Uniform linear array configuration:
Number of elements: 8
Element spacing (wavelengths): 0.75
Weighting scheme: hamming
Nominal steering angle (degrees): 0
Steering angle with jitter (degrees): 0.2142
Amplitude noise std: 0.05
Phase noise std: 0.05

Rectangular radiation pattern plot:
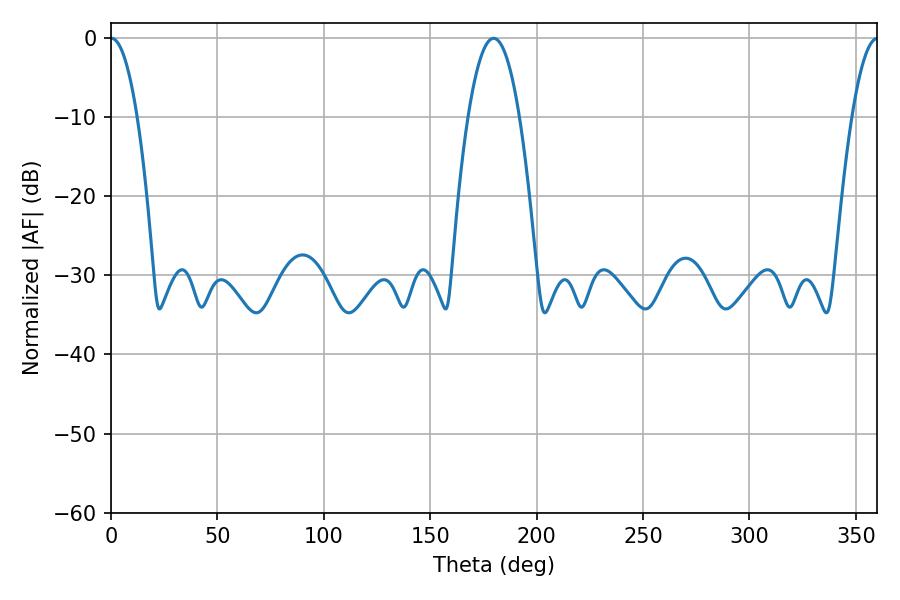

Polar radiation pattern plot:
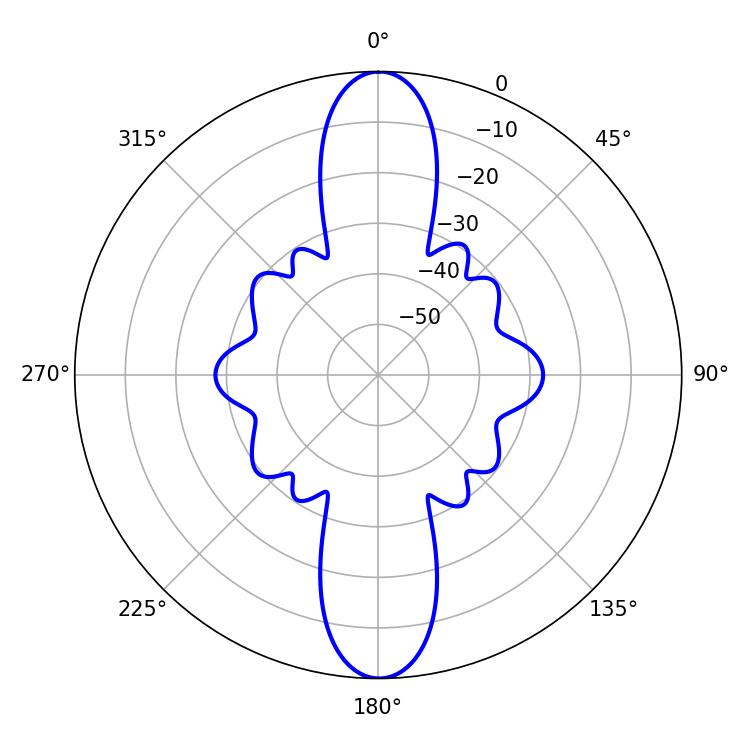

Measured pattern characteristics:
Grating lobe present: TRUE
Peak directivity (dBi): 30.827
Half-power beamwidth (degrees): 6.84
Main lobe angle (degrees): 0.18